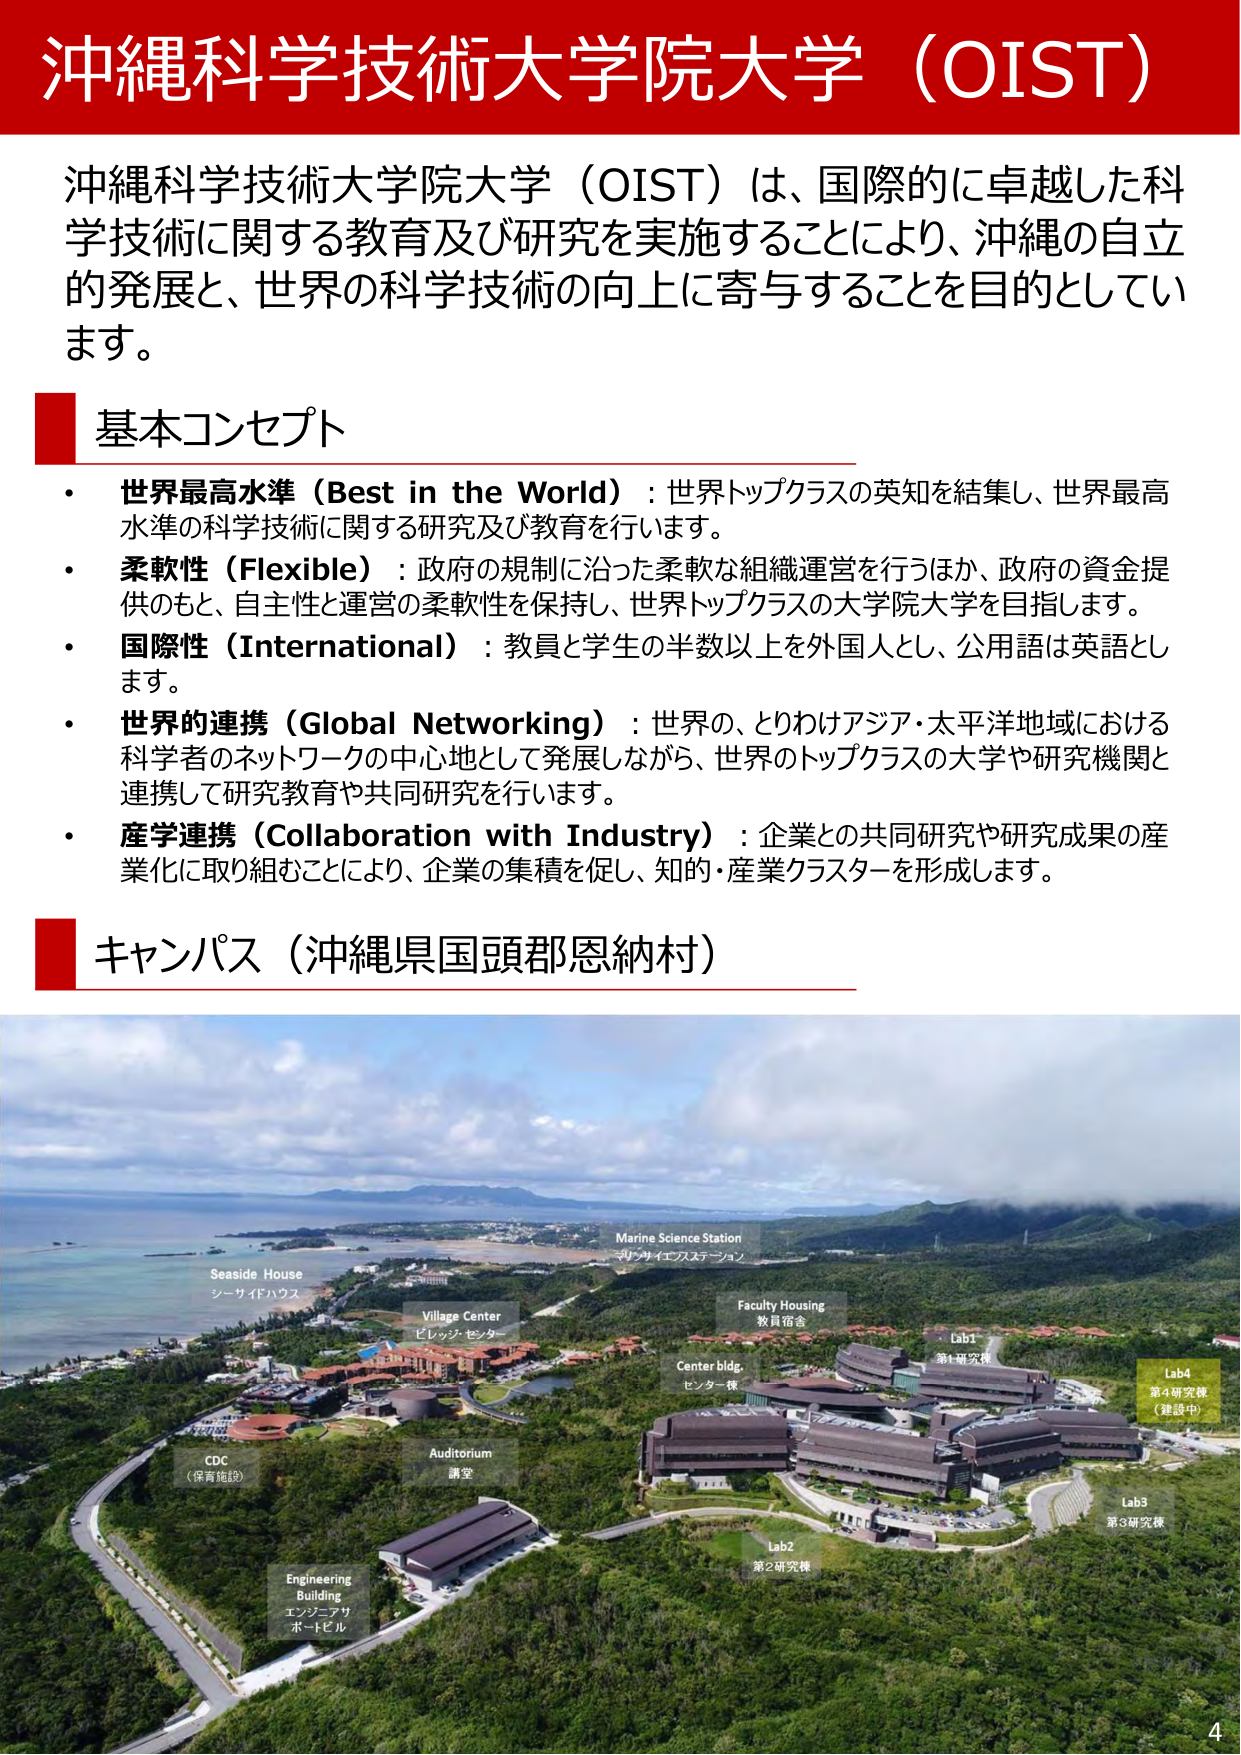
沖縄科学技術大学院大学（OIST）

沖縄科学技術大学院大学（OIST）は、国際的に卓越した科学技術に関する教育及び研究を実施することにより、沖縄の自立的発展と、世界の科学技術の向上に寄与することを目的としています。

基本コンセプト
・世界最高水準（Best in the World）：世界トップクラスの英知を結集し、世界最高水準の科学技術に関する研究及び教育を行います。
・柔軟性（Flexible）：政府の規制に沿った柔軟な組織運営を行うほか、政府の資金提供のもと、自主性と運営の柔軟性を保持し、世界トップクラスの大学院大学を目指します。
・国際性（International）：教員と学生の半数以上を外国人とし、公用語は英語とします。
・世界的連携（Global Networking）：世界の、とりわけアジア・太平洋地域における科学者のネットワークの中心地として発展しながら、世界のトップクラスの大学や研究機関と連携して研究教育や共同研究を行います。
・産学連携（Collaboration with Industry）：企業との共同研究や研究成果の産業化に取り組むことにより、企業の集積を促し、知的・産業クラスターを形成します。

キャンパス（沖縄県国頭郡恩納村）

Seaside House
シーサイドハウス

Village Center
ビレッジ・センター

Marine Science Station
マリンサイエンスステーション

Faculty Housing
教員宿舎

Center bldg.
センター棟

Lab1
第1研究棟

Lab4
第4研究棟
（建設中）

Lab3
第3研究棟

Lab2
第2研究棟

CDC
（保育施設）

Auditorium
講堂

Engineering Building
エンジニアリング
ホールビル

4